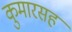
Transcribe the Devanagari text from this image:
कुमारसह